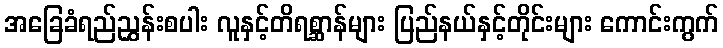
အခြေခံရည်ညွှန်းစပါး လူနှင့်တိရစ္ဆာန်များ ပြည်နယ်နှင့်တိုင်းများ ကောင်းကွက်